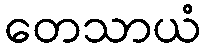
တေသာယံ